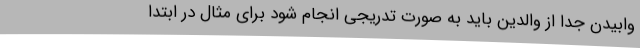
وابیدن جدا از والدین باید به صورت تدریجی انجام شود برای مثال در ابتدا